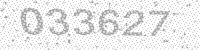
Solution: 033627